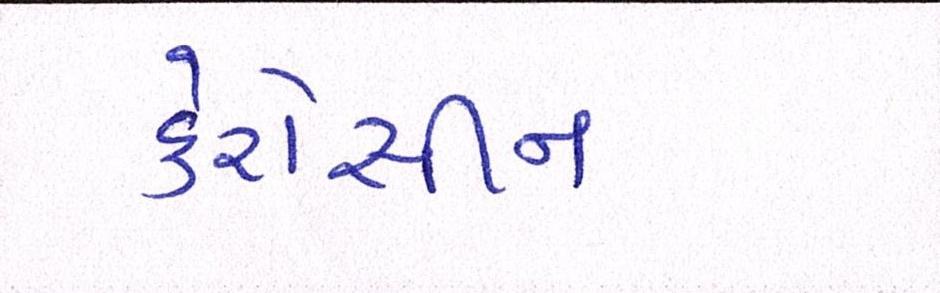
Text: કેરોસીન